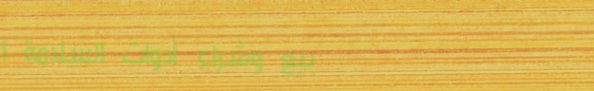
بيع وشراء أدوات السلامة ا